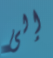
إلى